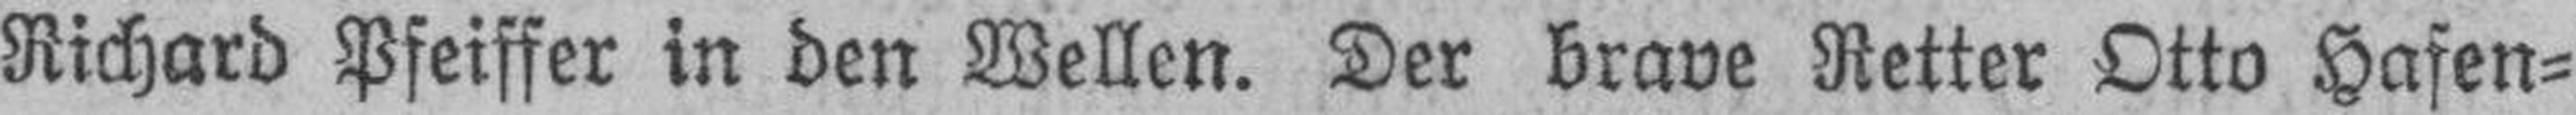
Richard Pfeiffer in den Wellen. Der brave Retter Otto Hafen¬